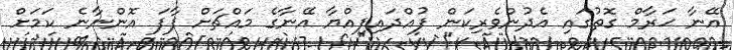
އޭނާ ޙަރާމް ގޮތުގައި އެދުންވެރިކަން ފުއްދައިފިއްޔާ އޭނާގެ މައްޗަށް ފާފަ އޮންނާނެ ކަމަށް